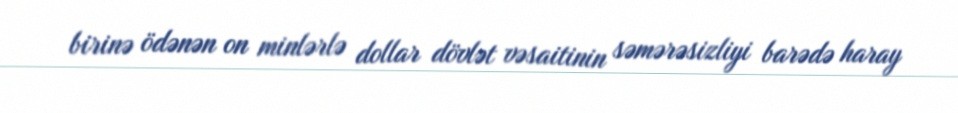
birinə ödənən on minlərlə dollar dövlət vəsaitinin səmərəsizliyi barədə haray